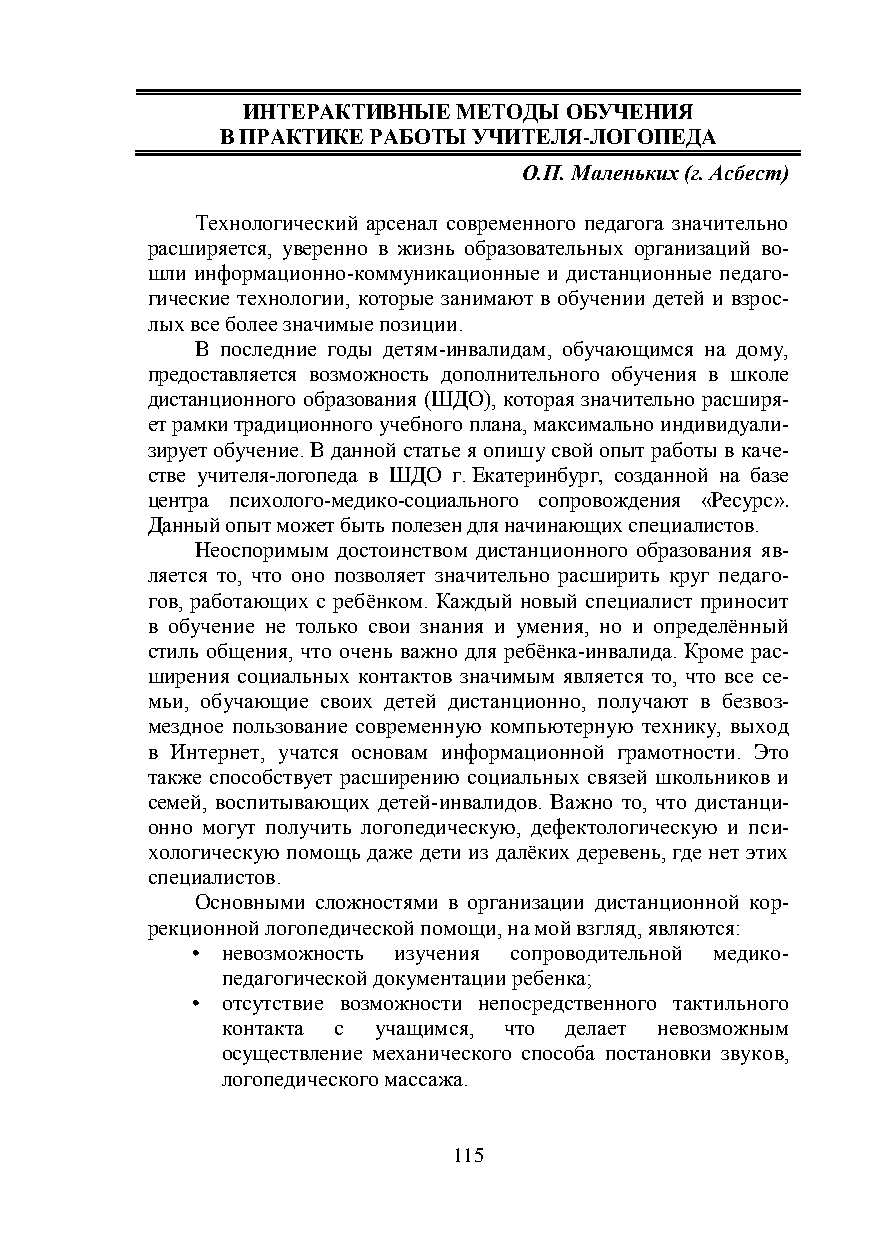
ИНТЕРАКТИВНЫЕ МЕТОДЫ ОБУЧЕНИЯ
 В ПРАКТИКЕ РАБОТЫ УЧИТЕЛЯ-ЛОГОПЕДА
 О.П. Маленьких (г. Асбест)
 Технологический арсенал современного педагога значительно
 расширяется, уверенно в жизнь образовательных организаций во-
 шли информационно-коммуникационные и дистанционные педаго-
 гические технологии, которые занимают в обучении детей и взрос-
 лых все более значимые позиции.
 В последние годы детям-инвалидам, обучающимся на дому,
 предоставляется возможность дополнительного обучения в школе
 дистанционного образования (ШДО), которая значительно расширя-
 ет рамки традиционного учебного плана, максимально индивидуали-
 зирует обучение. В данной статье я опишу свой опыт работы в каче-
 стве учителя-логопеда в ШДО г. Екатеринбург, созданной на базе
 центра психолого-медико-социального сопровождения «Ресурс».
 Данный опыт может быть полезен для начинающих специалистов.
 Неоспоримым достоинством дистанционного образования яв-
 ляется то, что оно позволяет значительно расширить круг педаго-
 гов, работающих с ребёнком. Каждый новый специалист приносит
 в обучение не только свои знания и умения, но и определённый
 стиль общения, что очень важно для ребёнка-инвалида. Кроме рас-
 ширения социальных контактов значимым является то, что все се-
 мьи, обучающие своих детей дистанционно, получают в безвоз-
 мездное пользование современную компьютерную технику, выход
 в Интернет, учатся основам информационной грамотности. Это
 также способствует расширению социальных связей школьников и
 семей, воспитывающих детей-инвалидов. Важно то, что дистанци-
 онно могут получить логопедическую, дефектологическую и пси-
 хологическую помощь даже дети из далёких деревень, где нет этих
 специалистов.
 Основными сложностями в организации дистанционной кор-
 рекционной логопедической помощи, на мой взгляд, являются:
 • невозможность изучения сопроводительной медико-
 педагогической документации ребенка;
 • отсутствие возможности непосредственного тактильного
 контакта с учащимся, что делает невозможным
 осуществление механического способа постановки звуков,
 логопедического массажа.
 115